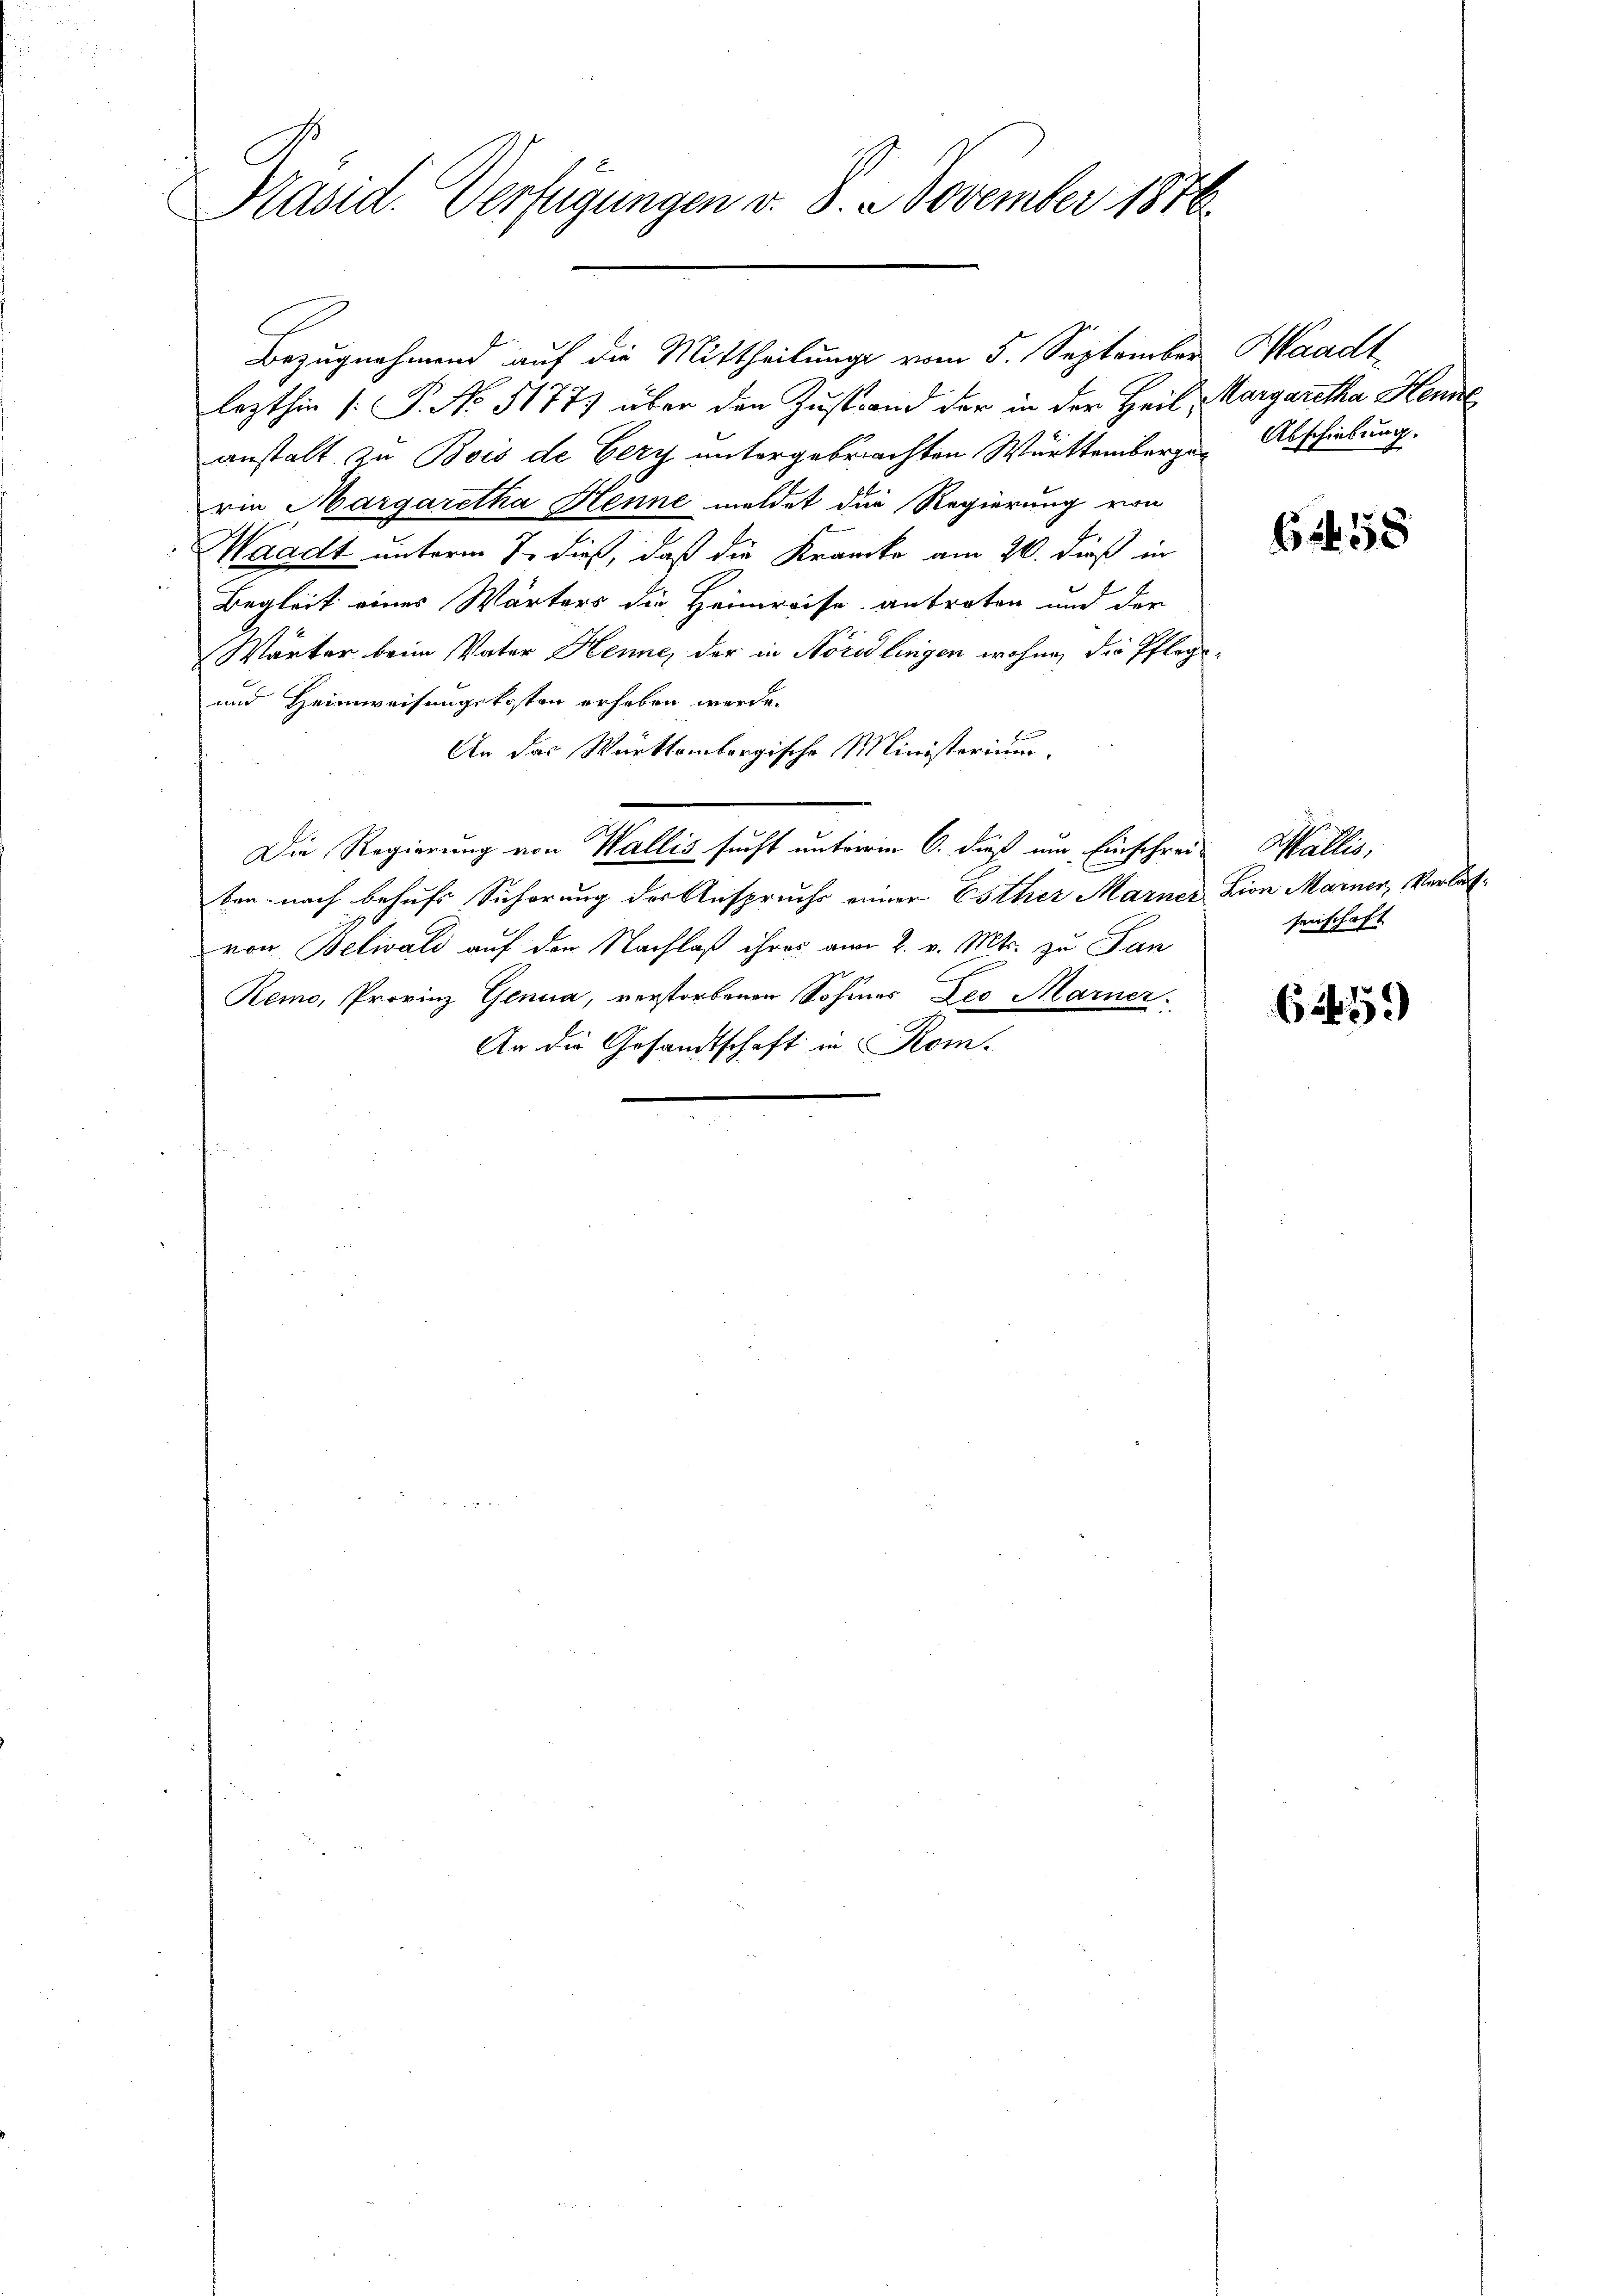
Präsid. Verfügungen v. S. 3. November 1876.

Bezugnahmend auf die Mittheilung vom 5. September
lezthin [P. No 51777 über den Zustand der in der Heil Margaretha Henne
anstalt zu Bois de Gery untergebrachten Württembergen Abschiebung.
rie Margaretha Henne meldet die Regierung von
e
Waadt unterm 7. dieß, daß die Krancke am 20. dieß in
Begleit eines Wärters die Heimreise anbraten und der
Wärter beim Vater Henne, der in Noredlingen wohne, die Pflege¬
und Heimweisungskosten erheben werde.
An das Württembergische Ministorium.
Die Regierung von Wallis sucht unterm 6. dieß um Einschrei- Wallis,
ben nach behufs Sicherung der Anspruchs einer Esther Marner Lion Marner, Verlasvon Belwald auf der Nachlaß ihres am 2. v. Mts. zu Pan
Remo, Provinz Genua, verstorbenen Sohnes Leo Marier
An die Gesandtschaft in Rom.

Waadt

62458

senschaft

6259)